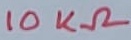
Text: 10KΩ